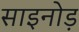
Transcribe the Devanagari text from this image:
साइनोड़